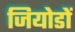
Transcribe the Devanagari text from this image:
जियोडों